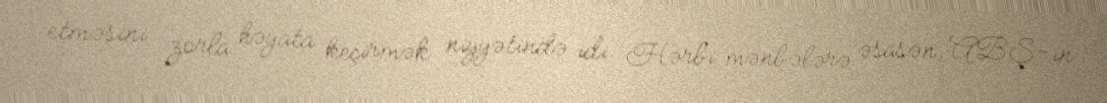
etməsini zorla həyata keçirmək niyyətində idi. Hərbi mənbələrə əsasən, ABŞ-ın